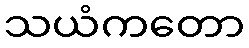
သယံကတော